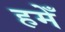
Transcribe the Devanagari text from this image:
हमेँ